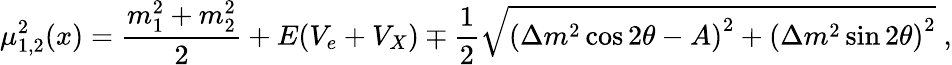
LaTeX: {\mu_{1,2}^{2}}(x)=\frac{m_{1}^{2}+m_{2}^{2}}{2}+E({V_{e}+V_{X}})\mp\frac{1}{2}\sqrt{\left({\Delta m^{2}\cos 2\theta}-A\right)^{2}+\left({\Delta m^{2}\sin 2\theta}\right)^{2}}\; ,